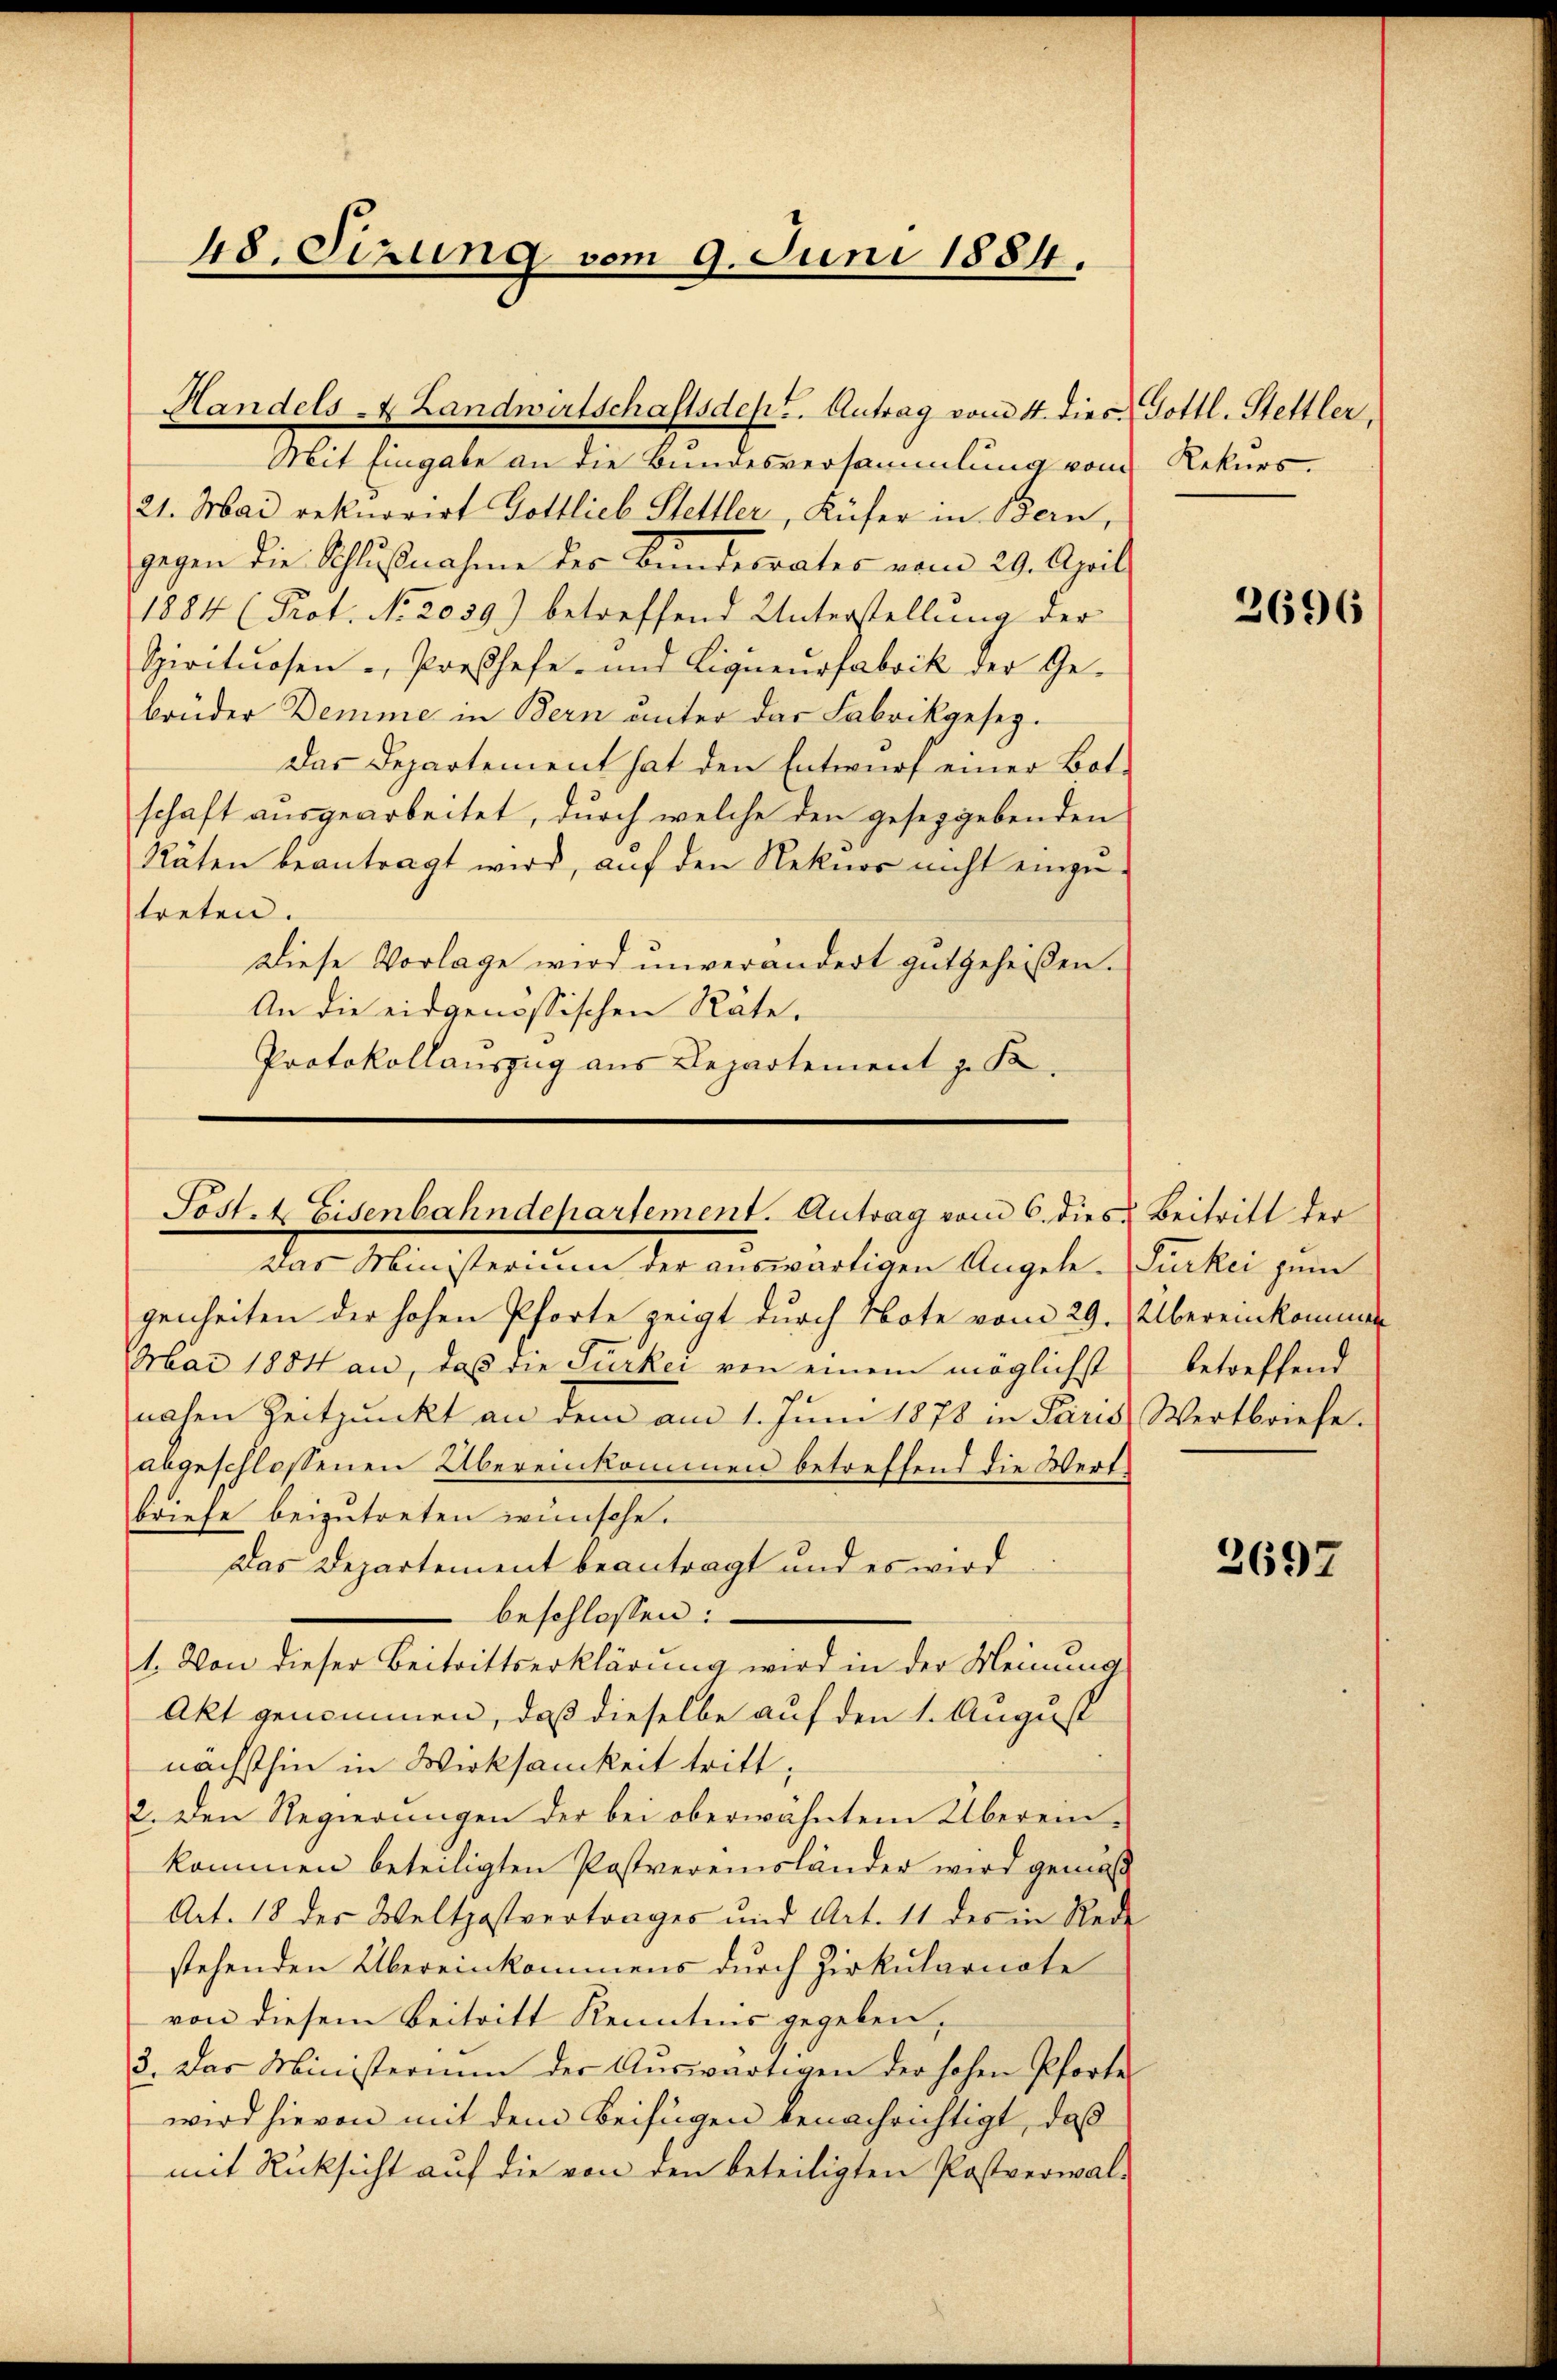
48. Sizung vom 9. Juni 1884.

Mit Eingabe an die Bundesversammlung vom Rekurs-
21. Mai rekurrirt Gottlieb Stettler, Küfer in Bern,
gegen die Schlŭβnahme der Bundesrates vom 29. April
1884 (Prot. No. 2039.) betreffend Unterstellung der
Spirituosen - Preßhefe- und Ligueurfabrik der Ge-
brüder Demme in Bern unter das Fabrikgesez¬
Das Departement hat den Entwurf einer Botschaft ausgearbeitet, durch welche den gesetzgebenden
Räten beantragt wird, auf den Rekuor nicht einzu-
treten.
Diese Vorlage wird unverändert gutgeheißen.
An die eidgenössischen Rate¬
Protokollauszug aus Departement z. K.

Handels- & Landwirtschaftsdept. Antrag vom 4. dies Gottl. Stettler,

Sostrt Eisenbahndepartement. Antrag vom 6. dies

Das Ministerium der auswärtigen Angele-Türkei zum
genheiten der hohen Pforte zeigt durch Note vom 29. Übereinkommen
Mai 1884 an, daß die Türkei von einem möglichst
nahen Zeitpunkt an dem am 1. Jŭni 1878 in Paris Wertbriefe.
abgeschlossenen Übereinkommen betreffend die Wert-
briefe beizutreten wünsche.
Das Departement beantragt und es wird
beschlossen:
1. Von dieser Beitrittserklärung wird in der Meinung
Akt genommen, daß dieselbe auf den 1. August
nächsthin in Wirksamkeit tritt,
2. Den Regierungen der bei oberwähntem Überein-
kommen beteiligten Pastvereinsländer wird gemäß
Art. 18 der Weltpostvertrages und Art. 11 des in Rede
stehenden Übereinkommens durch Zirkulariate
von diesem Beitritt Kenntnis gegeben,
3. Das Ministerium der Auswärtigen der hohen Pforte
wird hievon mit dem Beifügen benachrichtigt, daß
mit Rücksicht auf die von den beteiligten Pastverwal-

2696

Beitritt der
betreffend

2697